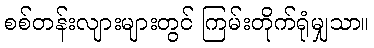
စစ်တန်းလျားများတွင် ကြမ်းတိုက်ရုံမျှသာ။